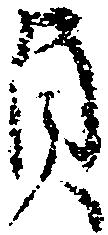
貞